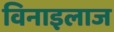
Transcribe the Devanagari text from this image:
विनाइलाज